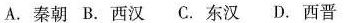
A.秦朝 B.西汉 C.东汉 D.西晋